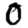
Digit: 0